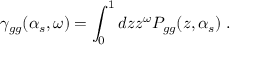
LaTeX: \gamma _ { g g } ( \alpha _ { s } , \omega ) = \int _ { 0 } ^ { 1 } d z z ^ { \omega } P _ { g g } ( z , \alpha _ { s } ) \; .